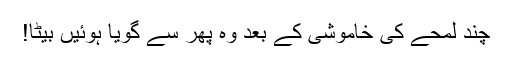
چند لمحے کی خاموشی کے بعد وہ پھر سے گویا ہوئیں بیٹا!